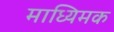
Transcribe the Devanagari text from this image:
माध्यिमक